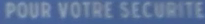
POUR VOTRE SECURITE